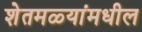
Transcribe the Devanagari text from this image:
शेतमळ्यांमधील